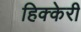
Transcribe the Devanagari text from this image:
हिक्केरी